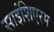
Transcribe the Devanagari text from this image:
साइंशिएरम